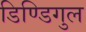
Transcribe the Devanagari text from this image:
डिण्डिगुल